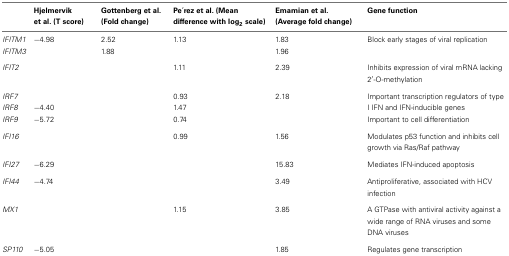
<table><thead><tr><td></td><td><b>Hjelmervik et al. (T score)</b></td><td><b>Gottenberg et al. (Fold change)</b></td><td><b>Pe?rez et al. (Mean difference with log<sub>2</sub> scale)</b></td><td><b>Emamian et al. (Average fold change)</b></td><td><b>Gene function</b></td></tr></thead><tbody><tr><td><i>IFITM1</i></td><td>−4.98</td><td>2.52</td><td>1.13</td><td>1.83</td><td>Block early stages of viral replication</td></tr><tr><td><i>IFITM3</i></td><td></td><td>1.88</td><td></td><td>1.96</td><td></td></tr><tr><td><i>IFIT2</i></td><td></td><td></td><td>1.11</td><td>2.39</td><td>Inhibits expression of viral mRNA lacking 2′-O-methylation</td></tr><tr><td><i>IRF7</i></td><td></td><td></td><td>0.93</td><td>2.18</td><td>Important transcription regulators of type</td></tr><tr><td><i>IRF8</i></td><td>−4.40</td><td></td><td>1.47</td><td></td><td>I IFN and IFN-inducible genes</td></tr><tr><td><i>IRF9</i></td><td>−5.72</td><td></td><td>0.74</td><td></td><td>Important to cell differentiation</td></tr><tr><td><i>IFI16</i></td><td></td><td></td><td>0.99</td><td>1.56</td><td>Modulates p53 function and inhibits cell growth via Ras/Raf pathway</td></tr><tr><td><i>IFI27</i></td><td>−6.29</td><td></td><td></td><td>15.83</td><td>Mediates IFN-induced apoptosis</td></tr><tr><td><i>IFI44</i></td><td>−4.74</td><td></td><td></td><td>3.49</td><td>Antiproliferative, associated with HCV infection</td></tr><tr><td><i>MX1</i></td><td></td><td></td><td>1.15</td><td>3.85</td><td>A GTPase with antiviral activity against a wide range of RNA viruses and some DNA viruses</td></tr><tr><td><i>SP110</i></td><td>−5.05</td><td></td><td></td><td>1.85</td><td>Regulates gene transcription</td></tr></tbody></table>